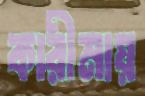
কারীমায়